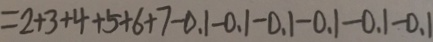
= 2 + 3 + 4 + 5 + 6 + 7 - 0 . 1 - 0 . 1 - 0 . 1 - 0 . 1 - 0 . 1 - 0 . 1